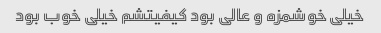
خیلی خوشمزه و عالی بود کیفیتشم خیلی خوب بود